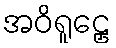
အဝိရူဠှေ